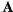
A